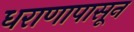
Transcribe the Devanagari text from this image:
धराणापासून